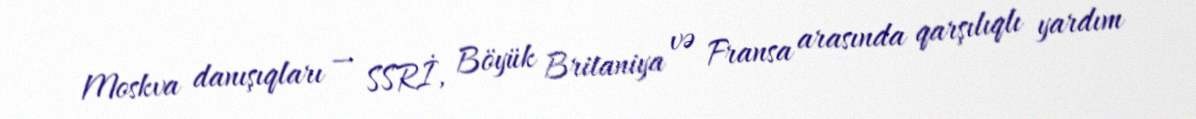
Moskva danışıqları — SSRİ, Böyük Britaniya və Fransa arasında qarşılıqlı yardım